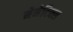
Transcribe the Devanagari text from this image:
मेमेटिक्स